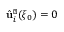
\hat { \bf u } _ { i } ^ { \scriptscriptstyle \perp } ( \xi _ { 0 } ) = 0